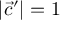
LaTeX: \; | { \vec { c } } ^ { \prime } | = 1